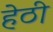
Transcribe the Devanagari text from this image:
हेठी